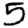
Digit: 5